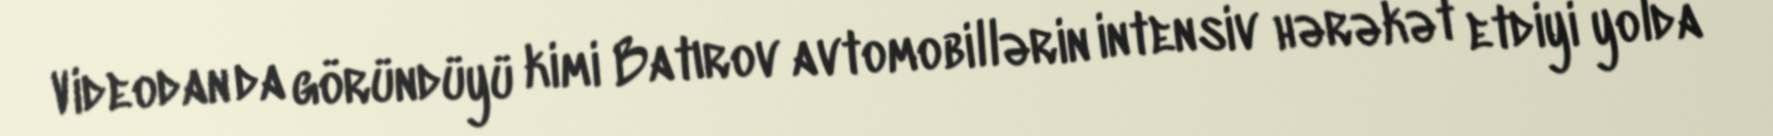
Videodan da göründüyü kimi Batırov avtomobillərin intensiv hərəkət etdiyi yolda